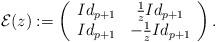
LaTeX: \begin{align*}\mathcal{E}(z) := \left ( \begin{array}{cc} Id_{p+1} & \frac{1}{z} Id_{p+1} \\ Id_{p+1} & - \frac{1}{z} Id_{p+1} \\ \end{array} \right ) .\end{align*}